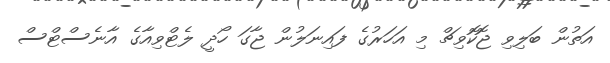
އަތުން ބަލިވި ޖޮކޮވިޗް މި އަހަރުގެ ފައިނަލުން ޖާގަ ހޯދީ ލެޓްވިއާގެ އާނެސްޓްސް